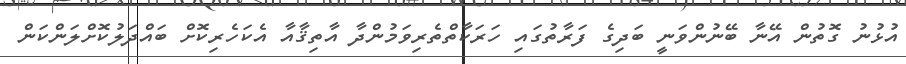
އުޅުނު ގޮތުން އޭނާ ބޭނުންވަނީ ބަދިގެ ފަރާތުގައި ހަރަކާތްތެރިވަމުންދާ އާތިޤާއާ އެކަހެރިކޮށް ބައްދަލުކޮށްލަންކަން